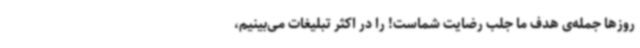
روزها جمله‌ی هدف ما جلب رضایت شماست! را در اکثر تبلیغات می‌بینیم،